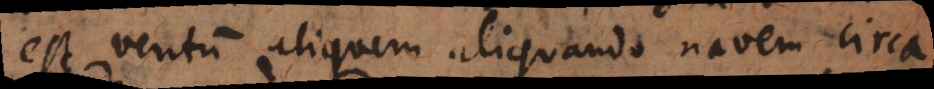
est ventum aliquem aliquando navem circa